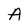
Character: A